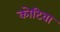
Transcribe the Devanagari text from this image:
कोटिवा